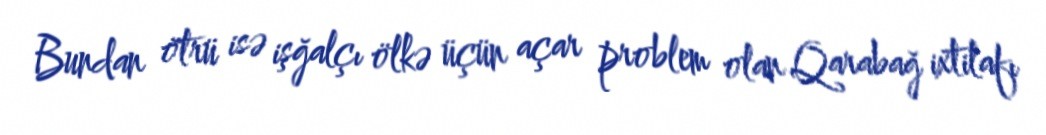
Bundan ötrü isə işğalçı ölkə üçün açar problem olan Qarabağ ixtilafı